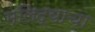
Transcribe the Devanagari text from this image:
मलिद्याचा